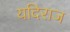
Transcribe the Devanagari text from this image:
यदिराज